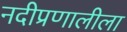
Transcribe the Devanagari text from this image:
नदीप्रणालीला